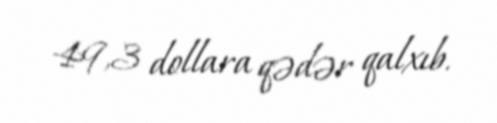
49,3 dollara qədər qalxıb.